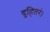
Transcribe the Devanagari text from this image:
दुहितरं।